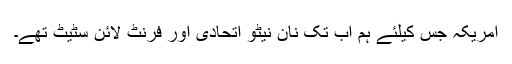
امریکہ جس کیلئے ہم اب تک نان نیٹو اتحادی اور فرنٹ لائن سٹیٹ تھے۔